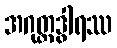
အဂုတ္တဒွါရဿ